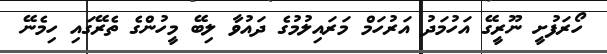
ހޯރަފުށީ ނޫރީގޭ އަހުމަދު އަރުހަމް މަރައިލުމުގެ ދައުވާ ލިބޭ މީހުންގެ ތެރޭގައި ހިމެނޭ